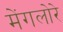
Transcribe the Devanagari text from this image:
मेंगलोरे